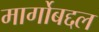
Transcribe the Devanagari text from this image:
मार्गोबद्दल